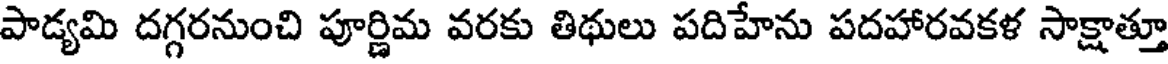
పాడ్యమి దగ్గరనుంచి పూర్ణిమ వరకు తిథులు పదిహేను పదహారవకళ సాక్షాత్తూ